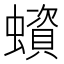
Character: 蠀